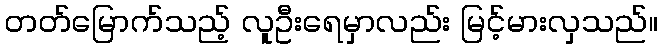
တတ်မြောက်သည့် လူဦးရေမှာလည်း မြင့်မားလှသည်။